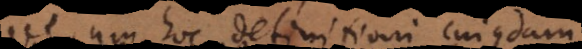
Verum hoc definitioni cujusdam